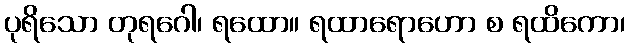
ပုရိသော တုရဂေါ၊ ရထော။ ရထာရောဟော စ ရထိကော၊